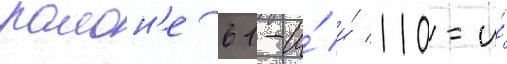
раион'е 61-и́ и́ 110-и́